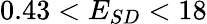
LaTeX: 0.43<E_{SD}<18